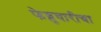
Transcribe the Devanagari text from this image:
फेब्रुवारीचा